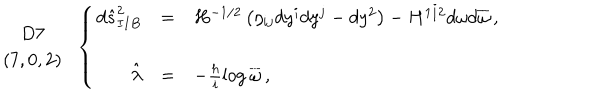
\begin{array} { c } { { D 7 } } \\ { { ( 7 , 0 , 2 ) } } \\ \end{array} \, \, \, \left\{ \begin{array} { r c l } { { d \hat { s } _ { I I B } ^ { 2 } } } & { { = } } & { { H ^ { - 1 / 2 } \left( \eta _ { i j } d y ^ { i } d y ^ { j } - d y ^ { 2 } \right) - H ^ { 1 / 2 } d \omega d \overline { { { \omega } } } \, , } } \\ { { } } & { { } } & { { } } \\ { { \hat { \lambda } } } & { { = } } & { { - \frac { h } { i } \log { \overline { { { \omega } } } } \, , } } \\ \end{array} \right.